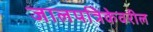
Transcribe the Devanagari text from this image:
जालपत्रिकेवरील